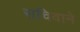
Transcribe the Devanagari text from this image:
सचिवाने